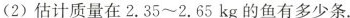
(2)估计质量在2.35~2.65kg的鱼有多少条。